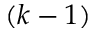
( k - 1 )